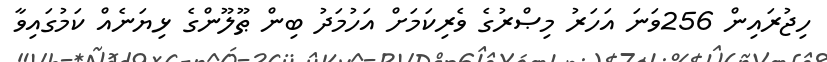
ހިޖުރައިން 256ވަނަ އަހަރު މިޞްރުގެ ވެރިކަމަށް އަހުމަދު ބިން ޠޫލޫންގެ ޅިޔަނެއް ކަމުގައިވާ